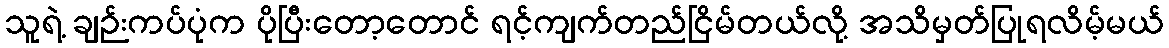
သူရဲ့ ချဉ်းကပ်ပုံက ပိုပြီးတော့တောင် ရင့်ကျက်တည်ငြိမ်တယ်လို့ အသိမှတ်ပြုရလိမ့်မယ်